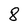
Character: 8